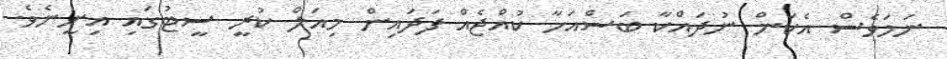
ނަމަވެސް އެކަން ނުދައްކާ ބަސްއަހާ ކުއްޖެއް ފަދައިން މިއަލް ކުރީ ސީޓުގައި އިށީނެވެ.